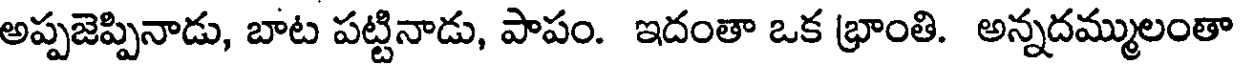
అప్పజెప్పినాడు, బాట పట్టినాడు, పాపం. ఇదంతా ఒక భ్రాంతి. అన్నదమ్ములంతా